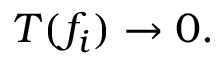
T ( f _ { i } ) \to 0 .